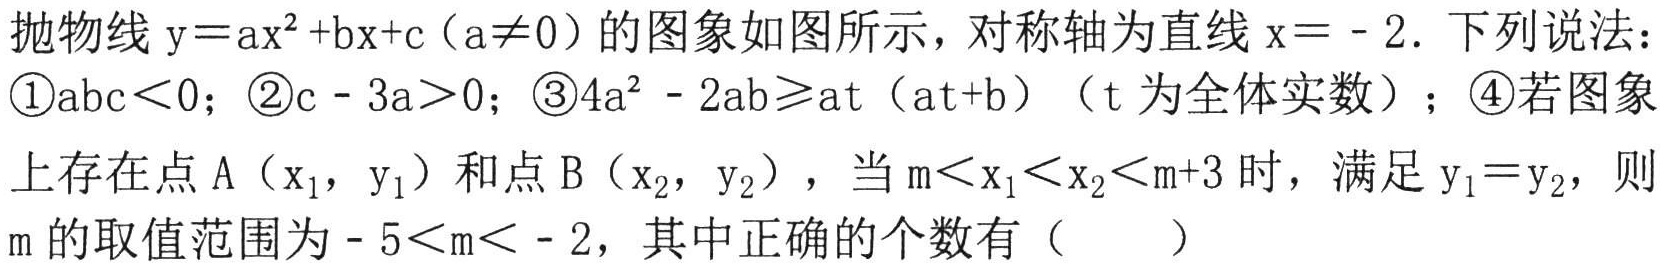
抛物线$\mathrm{y}=ax^{2}+bx + c(a\neq0)$的图象如图所示，对称轴为直线$x = - 2$. 下列说法：
\textcircled{1}$abc<0$；\textcircled{2}$c - 3a>0$；\textcircled{3}$4a^{2}-2ab\geqslant at(at + b)$（$t$为全体实数）；\textcircled{4}若图象上存在点$\mathrm{A}(x_{1},y_{1})$和点$\mathrm{B}(x_{2},y_{2})$，当$m<x_{1}<x_{2}<m + 3$时，满足$y_{1}=y_{2}$，则$m$的取值范围为$-5<m<-2$，其中正确的个数有（  ）